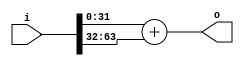
////////////////////////////////////////////////////////////////////////////////
//
// By : Joshua, Teresia Savera, Yashael Faith
// 
// Module Name      : N Input Adder Module
// Version          : 1.0
// Description      : adder N input
//
/////////////////////////////////////////

module adder(i, o);

// parameters
parameter NUM = 2;
parameter WIDTH = 32;

// input ports
input signed [NUM*WIDTH-1:0] i;

// output ports
output signed [WIDTH-1:0] o;

// wires
wire signed [WIDTH-1:0] o_add [NUM*2-2:0];

// assign o_add[0] = 32'd0;

generate
	genvar j;

	// set input as the first NUM
	for (j = 0; j < NUM; j = j + 1)
	begin:init
		assign o_add[j] = i[j*WIDTH +: WIDTH];
	end

	// adding adjacent o_add
	for (j = 0; j < NUM - 1; j = j + 1 )
	begin:add
		assign o_add[NUM+j] = o_add[j*2] + o_add[j*2+1];
	end
endgenerate

assign o = o_add[NUM*2-2];

endmodule